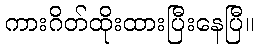
ကားဂိတ်ထိုးထားပြီးနေပြီ။